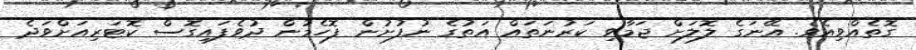
ގޮތެއްވިއެވެ. އޭނަގެ ލޮލަށް ޖަމާވި ކަރުނަތައް އަތުގެ ނުފުށުން ފޮހެމުން ދުވެފައިގޮސް ކޮޓަރިއަށްވަދެ